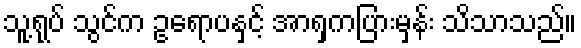
သူ့ရုပ် သွင်က ဥရောပနှင့် အာရှကပြားမှန်း သိသာသည်။